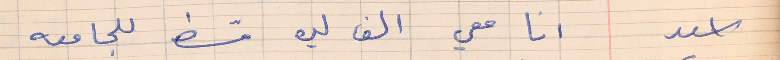
اسعد      انا معي الف ليره قسط للجامعه